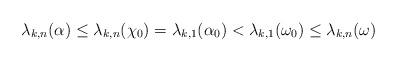
LaTeX: \begin{align*}\lambda_{k,n}(\alpha) \le \lambda_{k,n}(\chi_0) = \lambda_{k,1}(\alpha_0) < \lambda_{k,1}(\omega_0) \le \lambda_{k,n}(\omega) \end{align*}